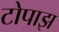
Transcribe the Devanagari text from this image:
टोपाझ